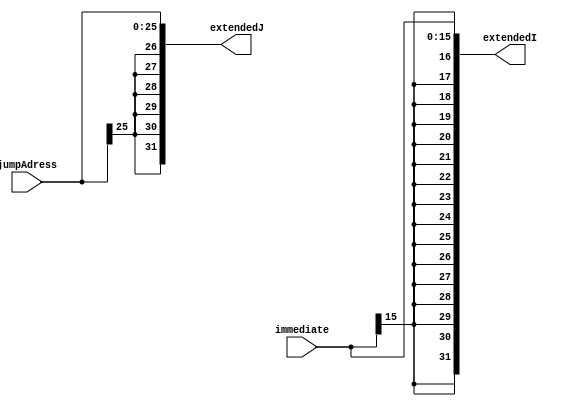
//BENGI YORUKOGLU 131044046
module sign_extend(extendedI, extendedJ, immediate, jumpAdress);
	output [31:0] extendedI, extendedJ;
	input [25:0] jumpAdress;
	input [15:0] immediate;
	
	assign extendedI = { {16{immediate[15]}}, immediate[15:0]};//extended version of immediate part
	assign extendedJ = { {6{jumpAdress[25]}}, jumpAdress[25:0]}; //extended version of jump part 

endmodule